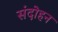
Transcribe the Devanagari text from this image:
संदोहन